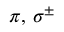
\pi , \, \sigma ^ { \pm }